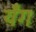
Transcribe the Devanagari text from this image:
यँग